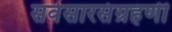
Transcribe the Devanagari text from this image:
सर्वसारसंग्रहणी